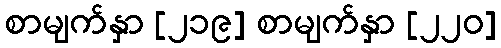
စာမျက်နှာ [၂၁၉] စာမျက်နှာ [၂၂၀]